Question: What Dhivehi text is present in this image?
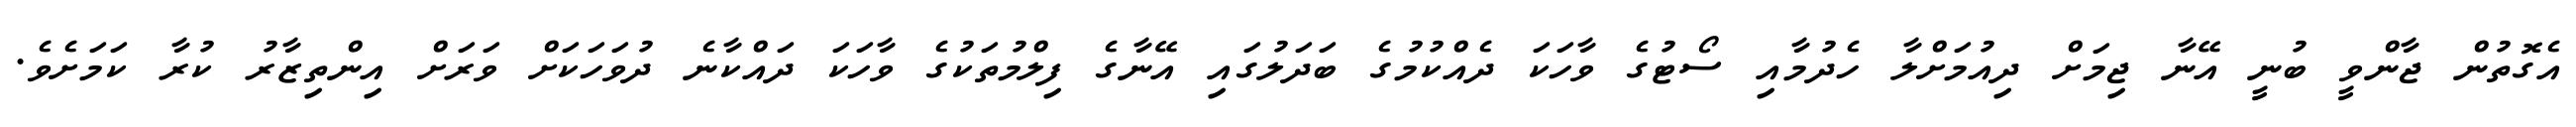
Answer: އެގޮތުން ޖާންވީ ބުނީ އޭނާ ޖިމަށް ދިއުމަށްލާ ހެދުމާއި ސޯޓުގެ ވާހަކަ ދެއްކުމުގެ ބަދަލުގައި އޭނާގެ ފިލްމުތަކުގެ ވާހަކަ ދައްކާނެ ދުވަހަކަށް ވަރަށް އިންތިޒާރު ކުރާ ކަމަށެވެ.